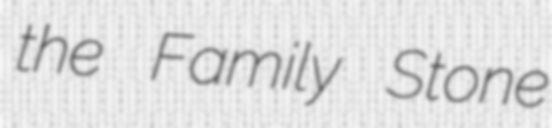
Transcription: the Family Stone